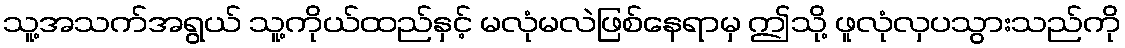
သူ့အသက်အရွယ် သူ့ကိုယ်ထည်နှင့် မလုံမလဲဖြစ်နေရာမှ ဤသို့ ဖူလုံလှပသွားသည်ကို